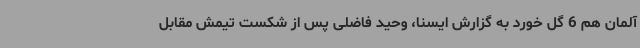
آلمان هم 6 گل خورد به گزارش ایسنا، وحید فاضلی پس از شکست تیمش مقابل